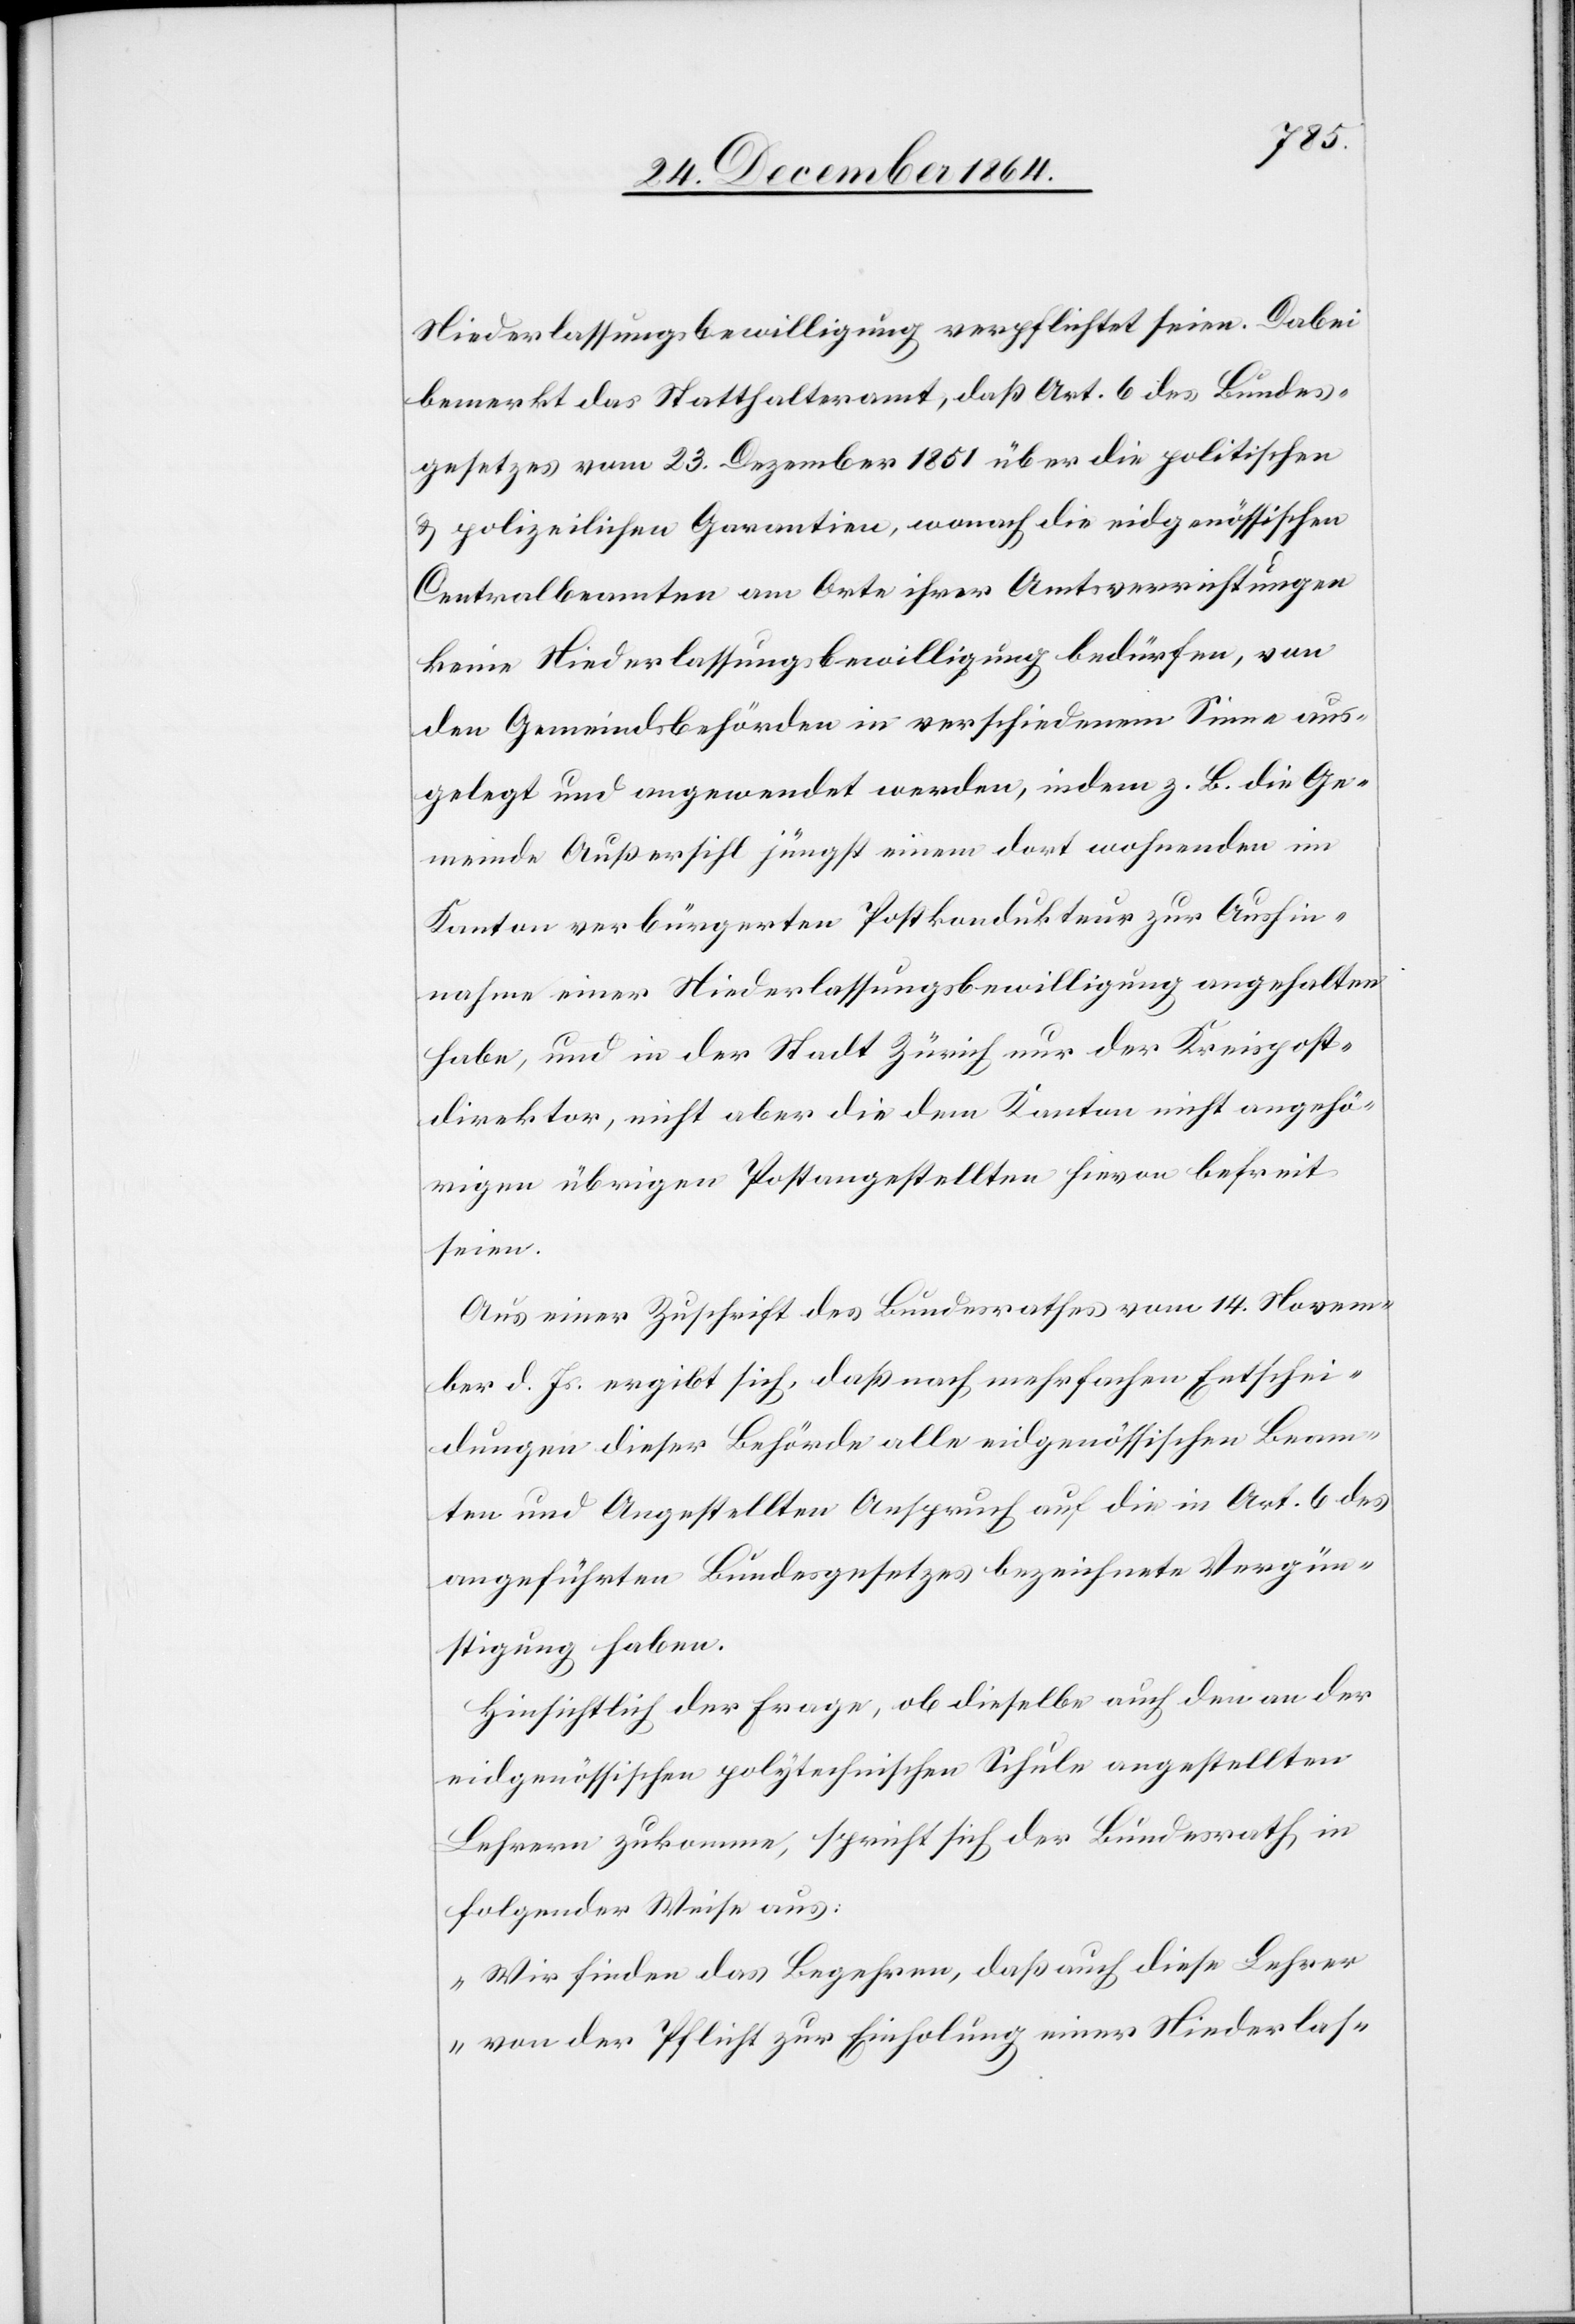
Niederlassungsbewilligung verpflichtet seien. Dabei
bemerkt das Statthalteramt, daß Art. 6 des Bundes¬
gesetzes vom 23. Dezember 1851 über die politischen
& polizeilichen Garantien, wonach die eidgenössischen
Centralbeamten am Orte ihrer Amtsverrichtungen
keine Niederlassungsbewilligung bedürfen, von
den Gemeindsbehörden in verschiedenem Sinne aus¬
gelegt und angewendet werden, indem z. B. die Ge¬
meinde Außersihl jüngst einem [sic!] dort wohnenden im
Kanton verbürgerten Postkondukteur zur Aushin¬
nahme einer Niederlassungsbewilligung angehalten
habe, und in der Stadt Zürich nur der Kreispost¬
direktor, nicht aber die dem Kanton nicht angehö¬
rigen übrigen Postangestellten hievon befreit
seien.
Aus einer Zuschrift des Bundesrathes vom 14. Novem¬
ber d. Js. ergibt sich, daß nach mehrfachen Entschei¬
dungen dieser Behörde alle eidgenössischen Beam¬
ten und Angestellten Anspruch auf die in Art. 6 des
angeführten Bundesgesetzes bezeichnete Vergün¬
stigung haben.
Hinsichtlich der Frage, ob dieselbe auch den an der
eidgenössischen polytechnischen Schule angestellten
Lehrern zukomme, spricht sich der Bundesrath in
folgender Weise aus:
„Wir finden das Begehren, daß auch diese Lehrer
von der Pflicht zur Einholung einer Niederlas-